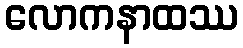
လောကနာထဿ